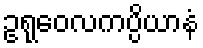
ဥရုဝေလကပ္ပိယာနံ